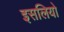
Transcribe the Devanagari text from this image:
इसलियो